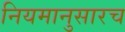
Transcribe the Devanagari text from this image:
नियमानुसारच